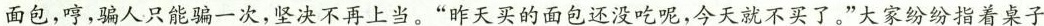
面包，哼，骗人只能骗一次，坚决不再上当。”昨天买的面包还没吃呢，今天就不买了。”大家纷纷指着桌子